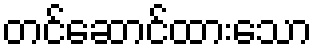
တင်ဆောင်ထားသော